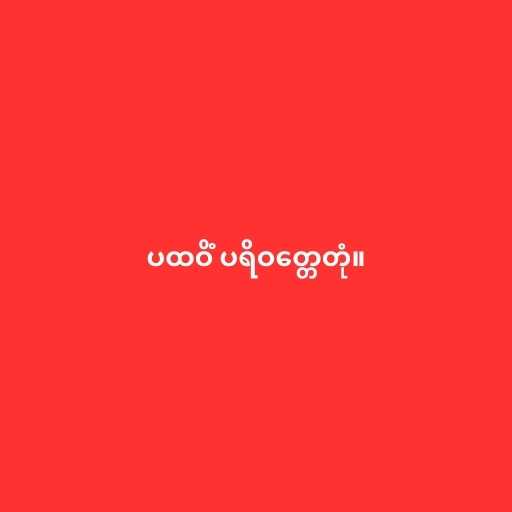
ပထဝိံ ပရိဝတ္တေတုံ။